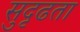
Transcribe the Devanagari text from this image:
सुदृढता